Leprosy in India: report of the Leprosy Commission in India, 1890-91
Year: 1890
Disease focus: Leprosy
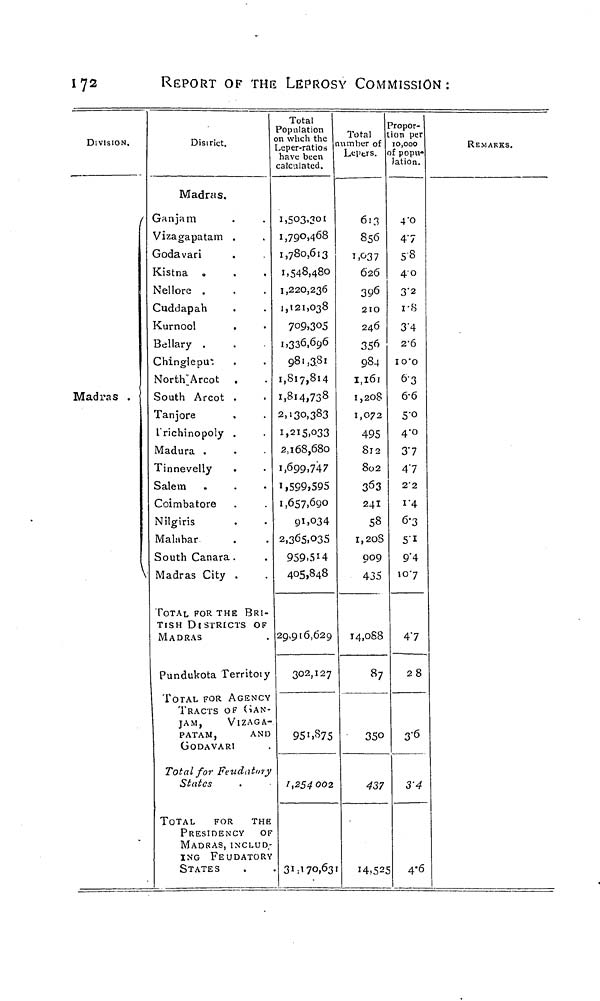
172
REPORT OF THE LEPROSY COMMISSION:
DIVISION.
/
Madras .
\
Disirict.
Madras.
Ganjam
Vizagapatam .
jodavari
£istna 0
S'ellore .
Cuddapah
•Curnool
3ellary .
Chinglepu".
NortlVArcot .
South Arcot .
<
Tanjore
t'richinopoly .
Madura .
Tinnevelly
.
Salem
Coimbatore
Nilgiris
Malabar
South Canara.
Madras City .
TOTAL FOR THE BRI-
TISH Di STRICTS OF
MADRAS
Pundukota Territoiy
TOTAL FOR AGENC\
TRACTS OF GAN
JAM,
VlZAGA
PATAM,
ANI
GODAVARI
Total for Feudatnij,
States
TOTAL
FOR
THE
PRESIDENCY
0
MADRAS, INCLUD
ING FEUDATOR
STATES
Total
Population
n whch the
,eper-ratio»
have been
alculated.
1,503,301
1,790,468
1,780,613
1,548,480
1,220,236
1,121,038
709,305
1,336,696
98>,3Sl
1,817,814
1,814,738
2,130,383
if2i5>°33
2,168,680
1,699,747
1,599,595
1,657,690
91,034
2,365,035
959,514
405,848
29,916,629
302,127
951,875
1,254002
31 170,63
Total
imber of
Lepers.
613
856
1,^37
626
396
2IO
246
356
984
I,l6l
I,2O8
1,072
495
812
802
3 5 3
241
58
I,2OS
QO9
435
14,088
87
35c
437
14.5:
Propor-
tion per
10,000
of popu*
)ation.
4'O
47
5-8
40
3"2
i-8
3'4
2-6
IO'O
63
6-6
5-0
4-0
37
47
22
i'4
6-3
5"i
9"4
107
47
28
3"6
3-4
25
4*^R
EMARKS.